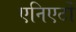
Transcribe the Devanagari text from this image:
एनिएर्टो